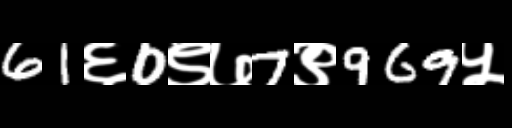
Text: 61६0९७7९969५